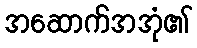
အဆောက်အအုံ၏